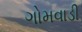
ગોમવાડી